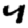
Digit: 4